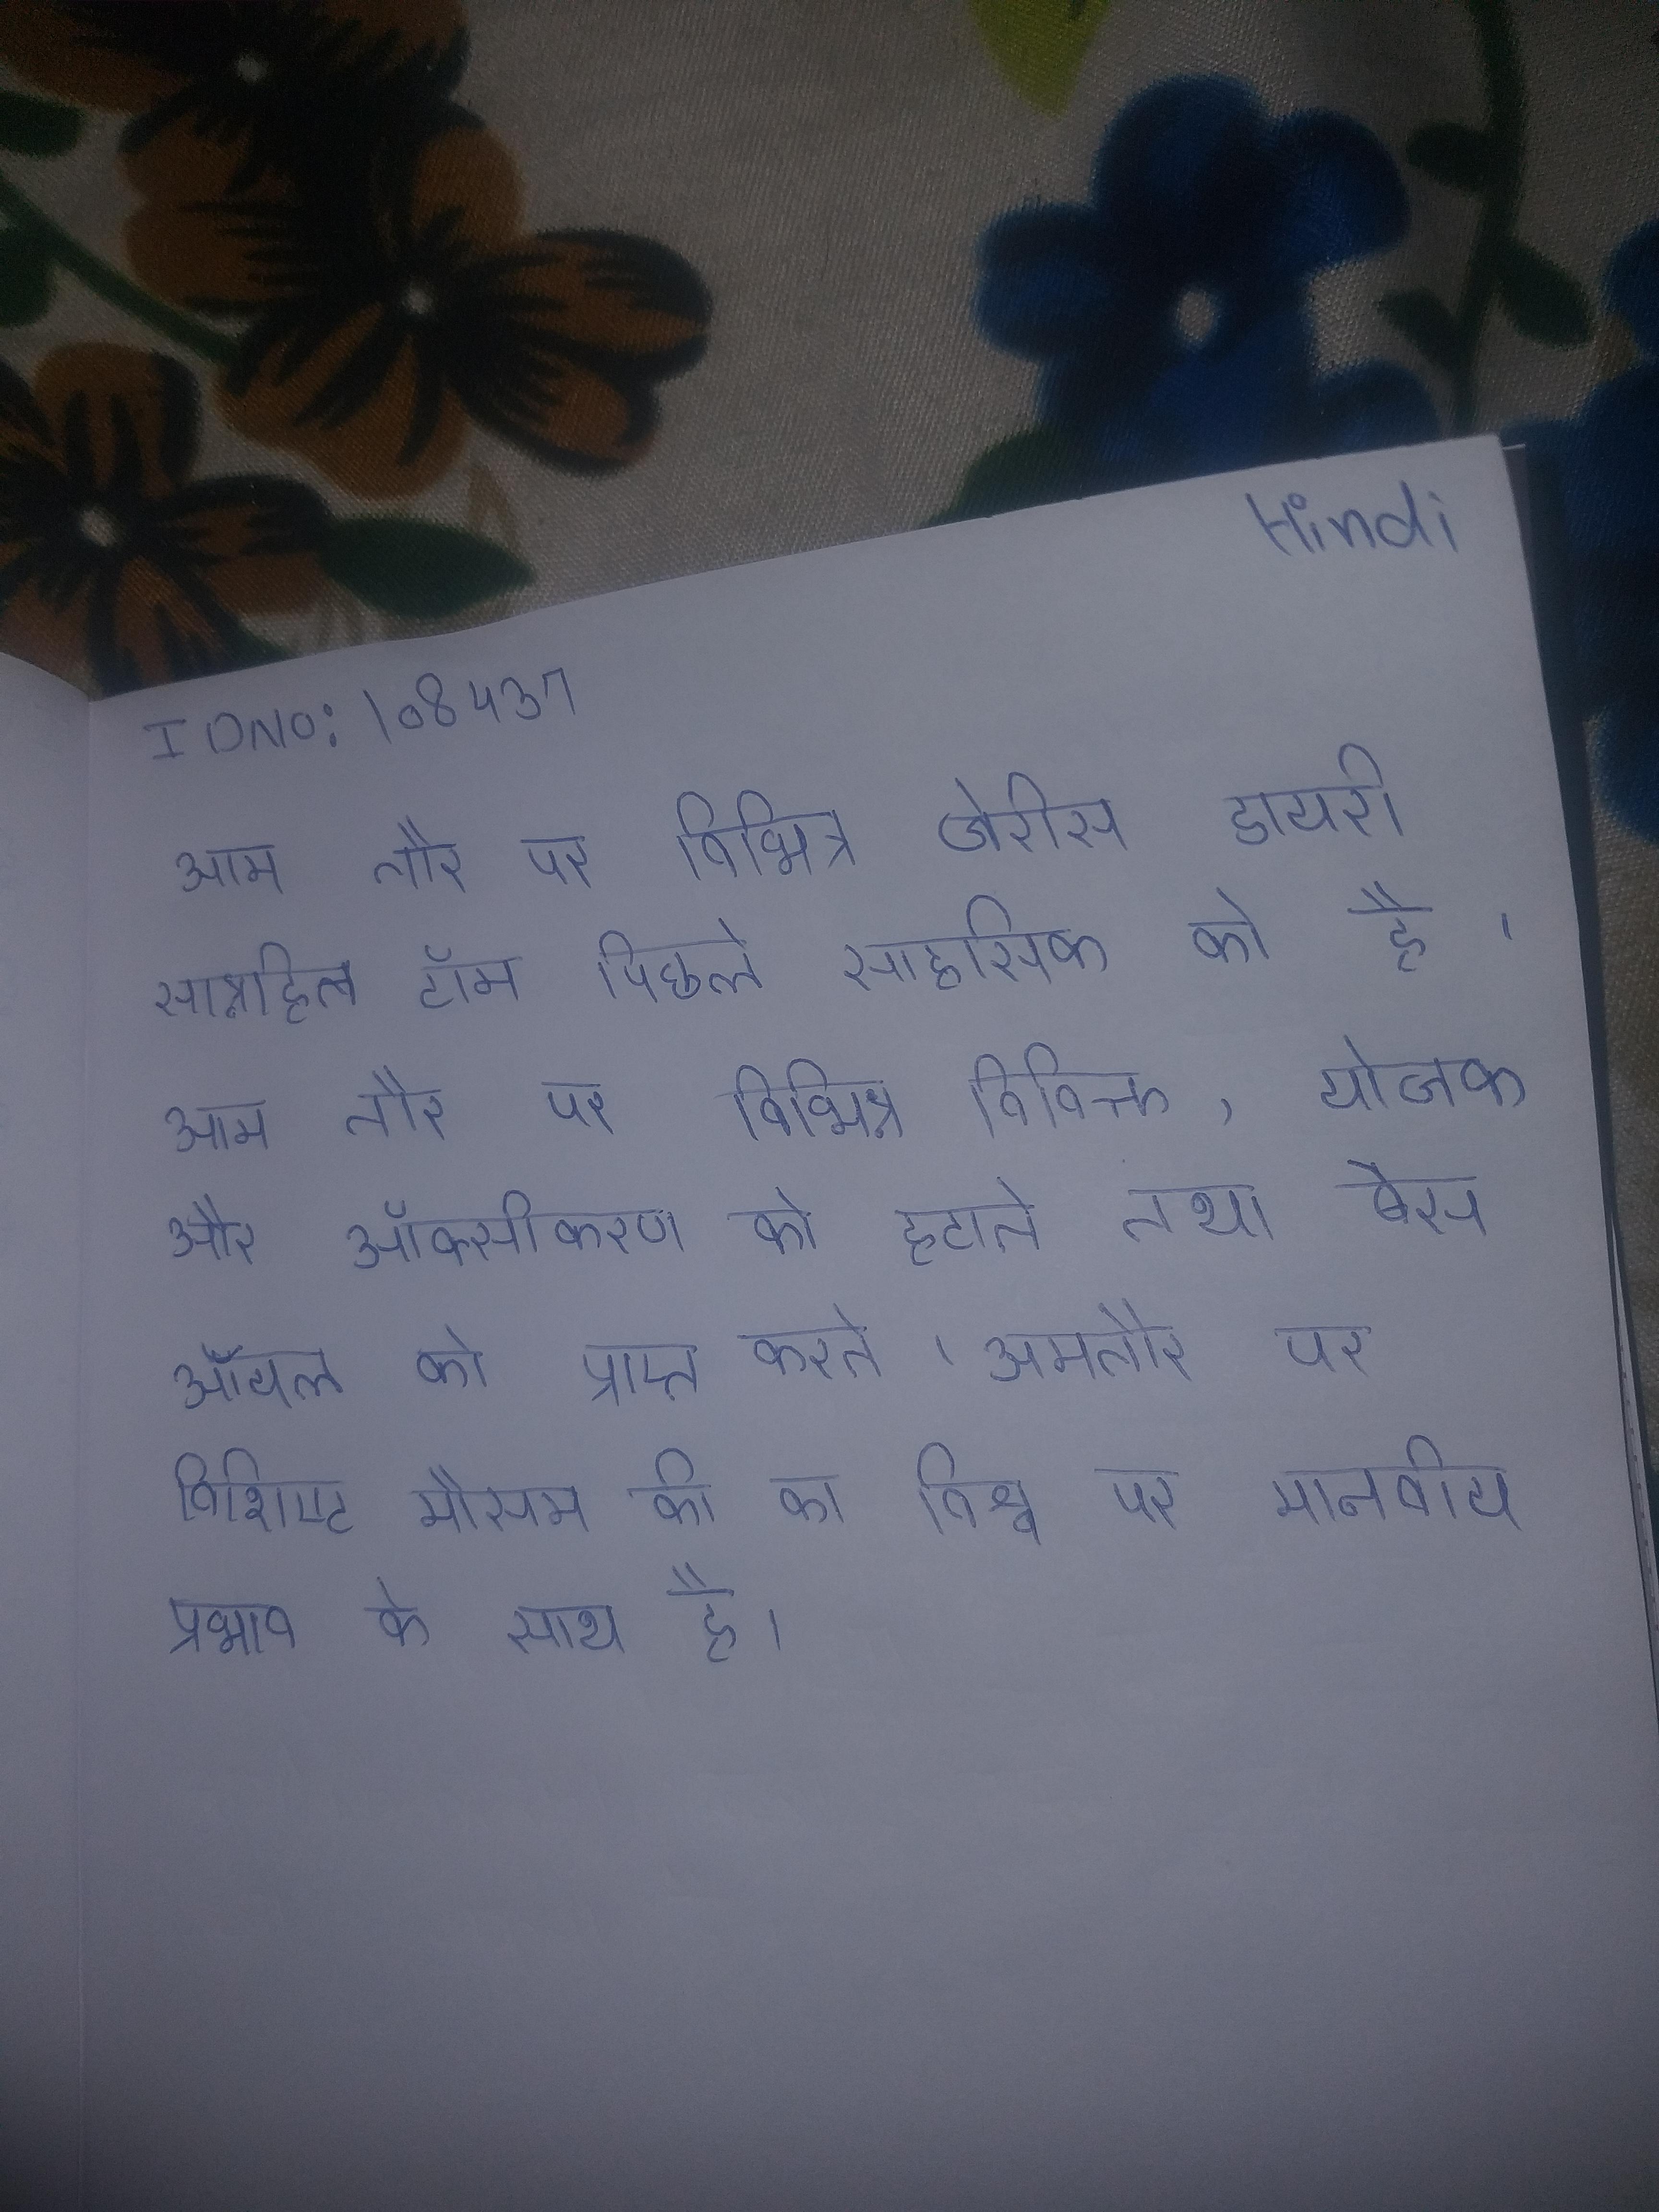
आम तौर पर विभिन्न जेरीस डायरी सन्निहित टॉम पिछले साहसिक को है । आम तौर पर विभिन्न विविक्त, योजक और ऑक्सीकरण को हटाते तथा बेस ऑयल को प्राप्त करते । आमतौर पर विशिष्ट मौसम की का विश्व पर मानवीय प्रभाव के साथ है ।